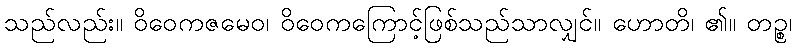
သည်လည်း။ ဝိဝေကဇမေဝ၊ ဝိဝေကကြောင့်ဖြစ်သည်သာလျှင်။ ဟောတိ၊ ၏။ တဉ္စ၊